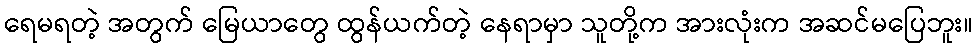
ရေမရတဲ့ အတွက် မြေယာတွေ ထွန်ယက်တဲ့ နေရာမှာ သူတို့က အားလုံးက အဆင်မပြေဘူး။